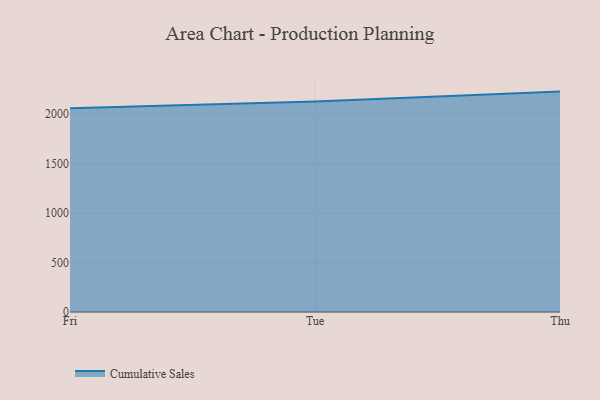
{"axis": {"x": "Day", "y": "Budget (USD K)"}, "legend": ["Cumulative Sales"], "data": [{"x": "Fri", "y": 2060.0, "type": "Cumulative Sales"}, {"x": "Tue", "y": 2127.8, "type": "Cumulative Sales"}, {"x": "Thu", "y": 2227.2, "type": "Cumulative Sales"}]}